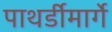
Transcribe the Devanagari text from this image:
पाथर्डीमार्गे